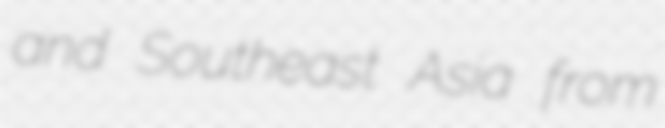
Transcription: and Southeast Asia from